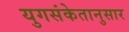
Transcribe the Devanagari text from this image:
युगसंकेतानुसार